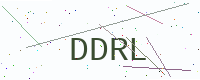
Text: DDRL